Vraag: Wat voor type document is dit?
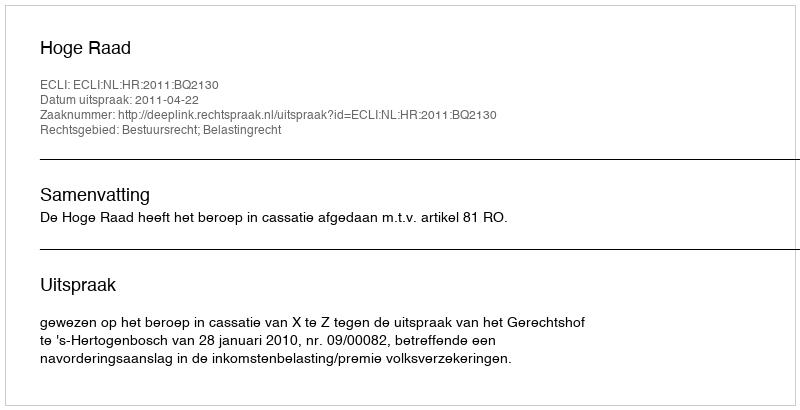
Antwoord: Uitspraak